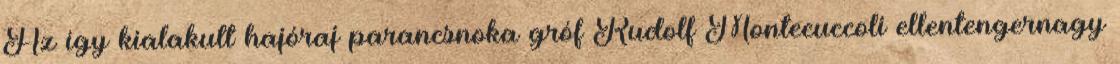
Az így kialakult hajóraj parancsnoka gróf Rudolf Montecuccoli ellentengernagy